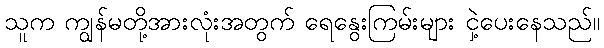
သူက ကျွန်မတို့အားလုံးအတွက် ရေနွေးကြမ်းများ ငှဲ့ပေးနေသည်။